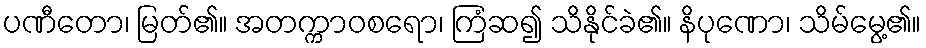
ပဏီတော၊ မြတ်၏။ အတက္ကာဝစရော၊ ကြံဆ၍ သိနိုင်ခဲ၏။ နိပုဏော၊ သိမ်မွေ့၏။